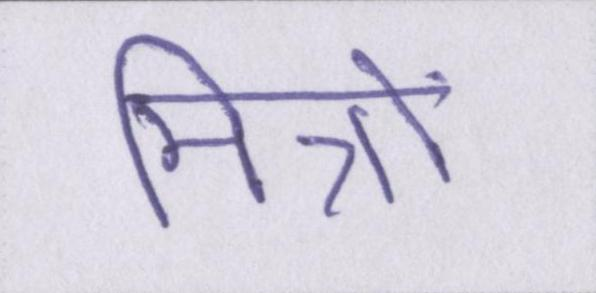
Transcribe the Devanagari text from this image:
मित्रो